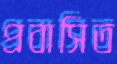
প্রবাসিত